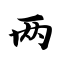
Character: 两